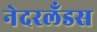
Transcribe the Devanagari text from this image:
नेदरलँडस